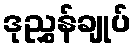
ဒုညွှန်ချုပ်